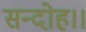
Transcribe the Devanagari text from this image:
सन्‍दोह।।